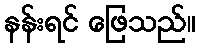
နန်းရင် ဖြေသည်။